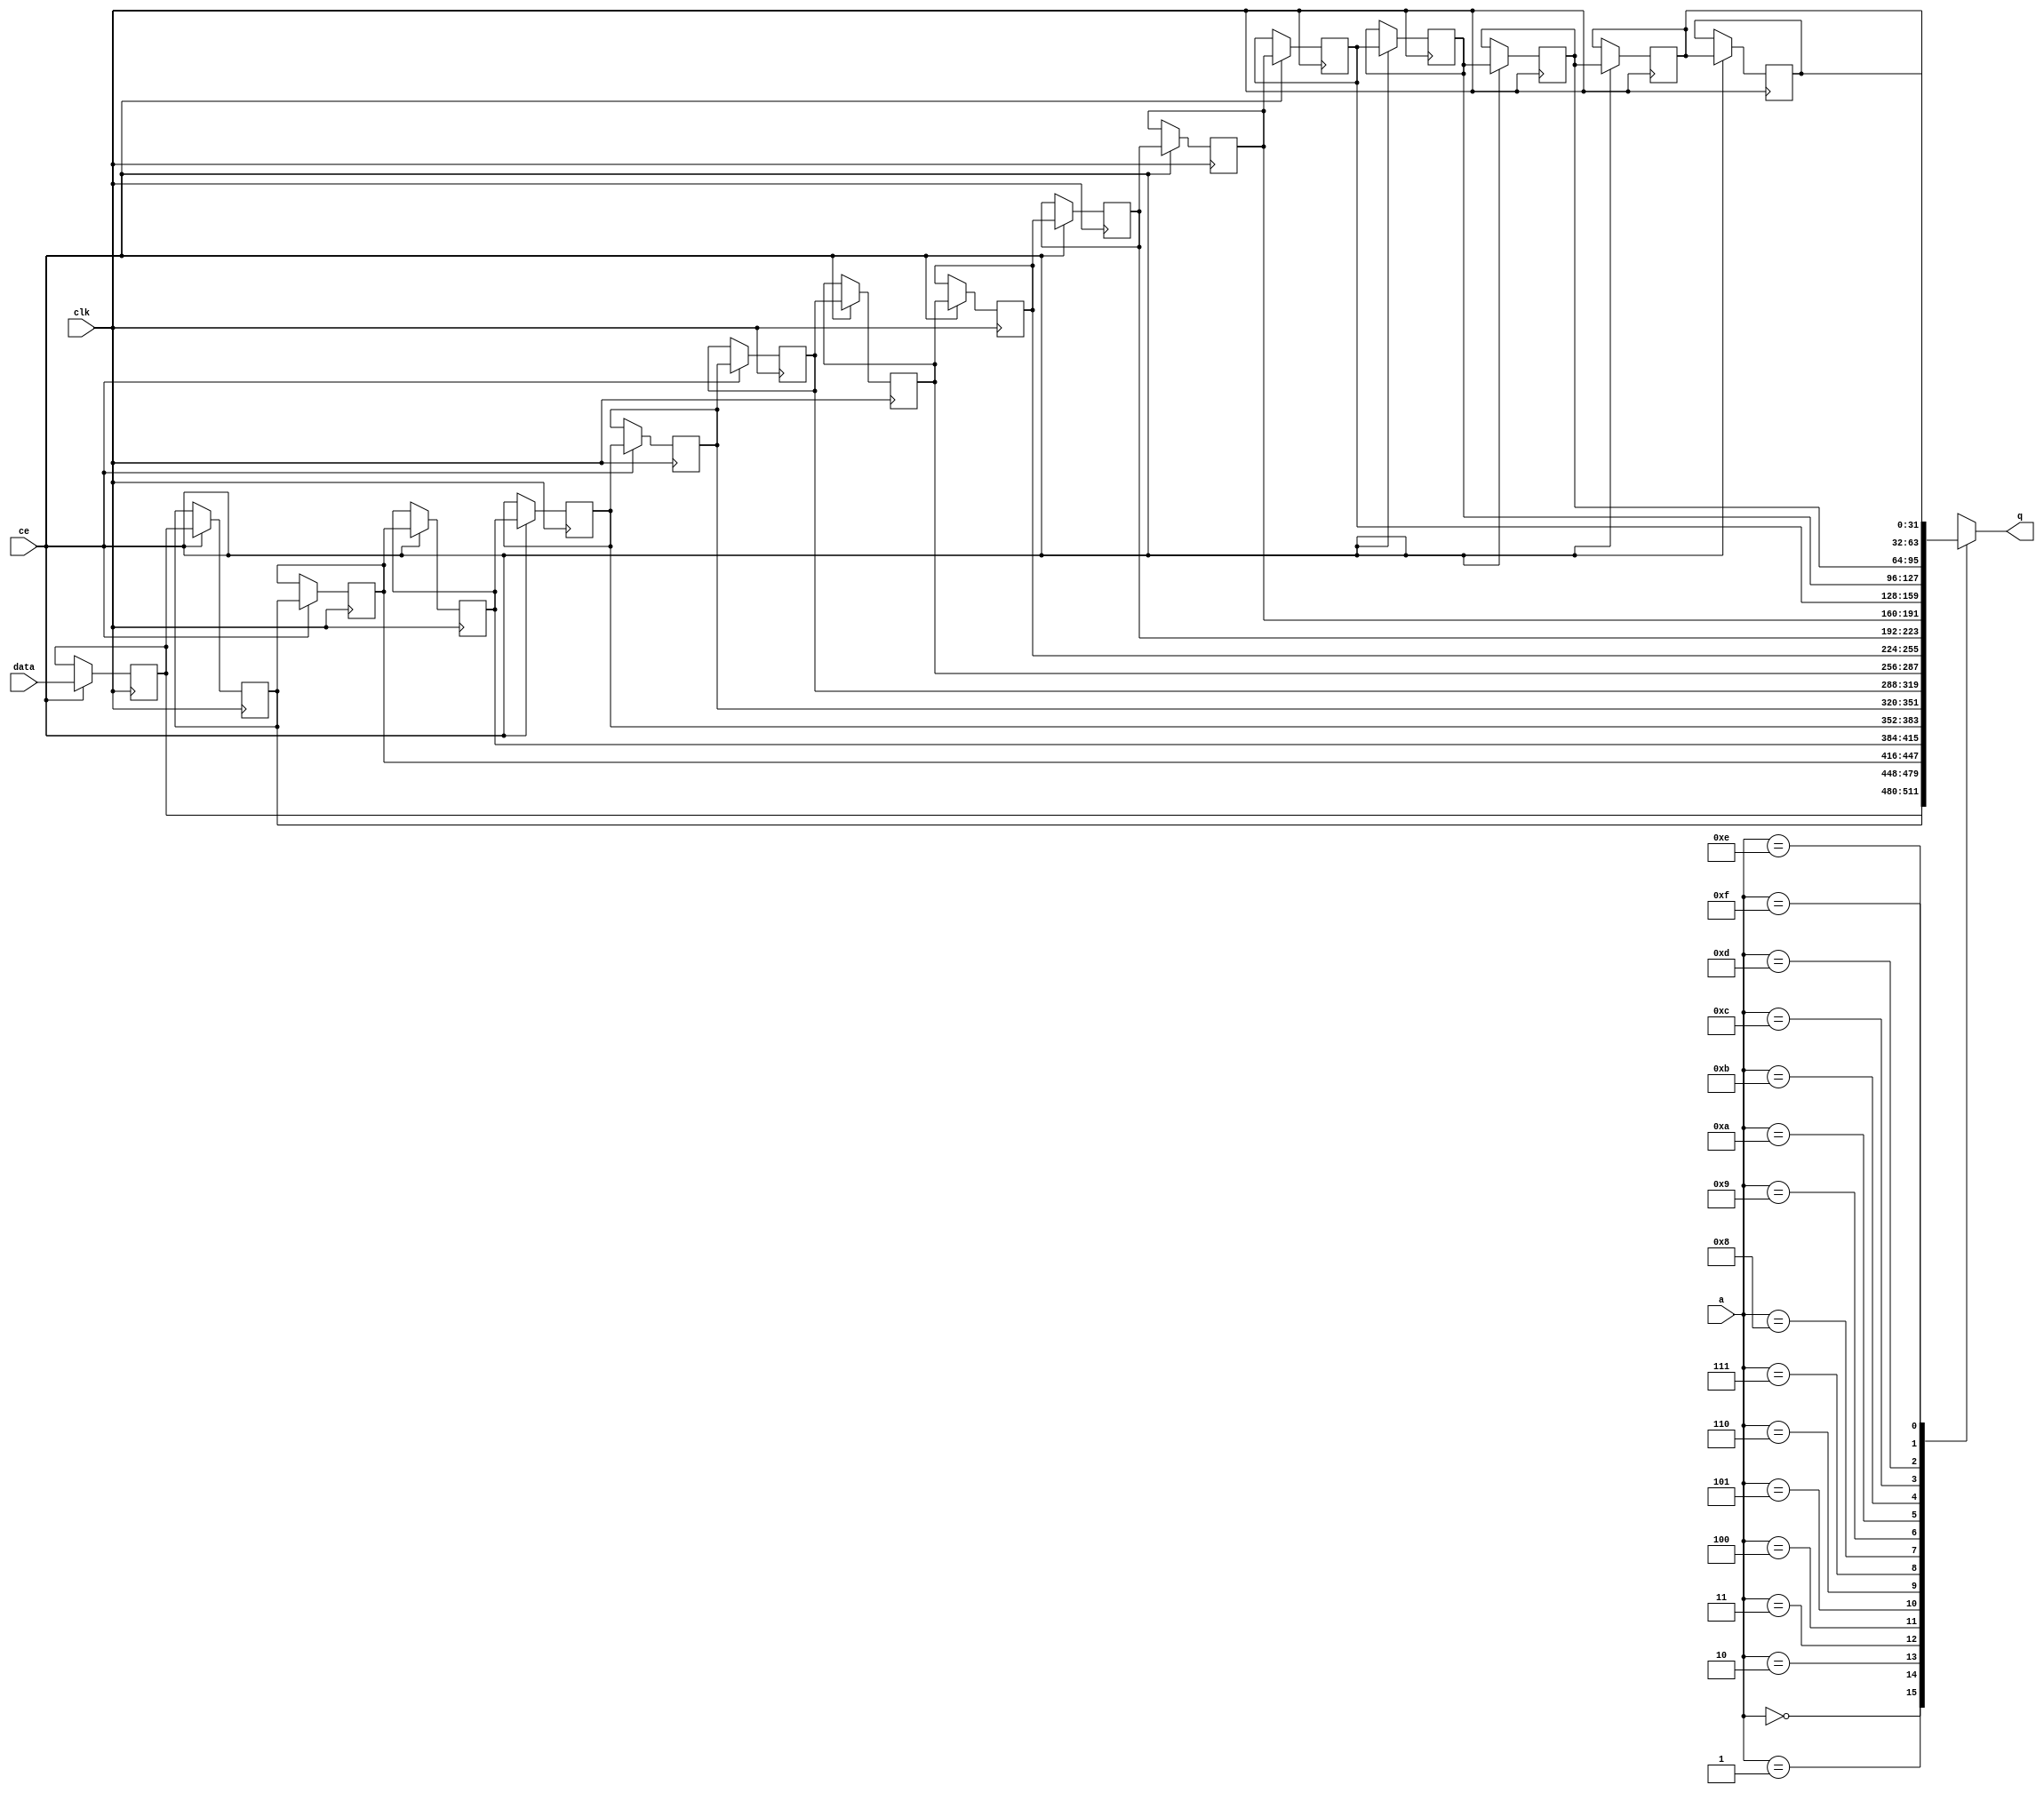
`timescale 1 ns / 1 ps

module __rs_fifo_srl_almost_full_internal #(
  parameter DATA_WIDTH = 32'd32,
  parameter ADDR_WIDTH = 32'd4,
  parameter DEPTH = 5'd16
) (
  input  wire                  clk,
  input  wire [DATA_WIDTH-1:0] data,
  input  wire                  ce,
  input  wire [ADDR_WIDTH-1:0] a,
  output wire [DATA_WIDTH-1:0] q
);
(* shreg_extract = "yes" *) reg[DATA_WIDTH-1:0] SRL_SIG [0:DEPTH-1];
integer i;
always @ (posedge clk)
    begin
        if (ce)
        begin
            for (i=0;i<DEPTH-1;i=i+1)
                SRL_SIG[i+1] <= SRL_SIG[i];
            SRL_SIG[0] <= data;
        end
    end
assign q = SRL_SIG[a];
endmodule